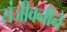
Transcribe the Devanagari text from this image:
संजीवनीने